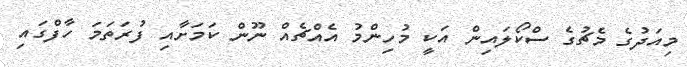
މިއަދުގެ މެޗުގެ ސްކޯލައިން އަކީ މުހިންމު އެއްޗެއް ނޫން ކަމަށާއި ފުރަތަމަ ހާފްގައި